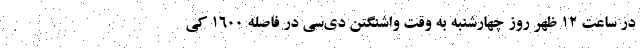
در ساعت ۱۲ ظهر روز چهارشنبه به وقت واشنگتن دی‌سی در فاصله ۱۶۰۰ کی